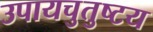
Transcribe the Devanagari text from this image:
उपायचुतुष्टय